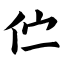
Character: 伫